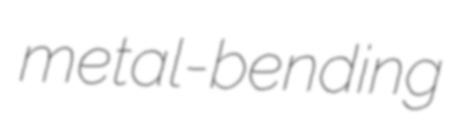
metal-bending